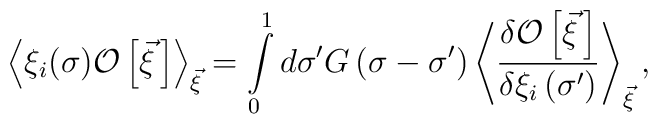
\left<\xi_i(\sigma){\cal O}\left[\vec\xi{\,}\right]\right>_{\vec\xi}=\int\limits_0^1 d\sigma^\prime G\left(\sigma-\sigma^\prime\right)\left<\frac{\delta{\cal O}\left[\vec\xi{\,}\right]}{\delta\xi_i\left(\sigma^\prime\right)}\right>_{\vec\xi},